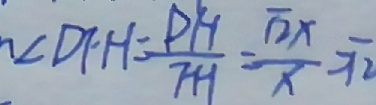
\angle D F H = \frac { P H } { F H } = \frac { \sqrt { 2 } x } { x } = \sqrt { 2 }